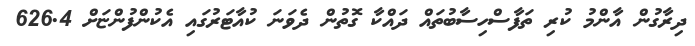
ދިރާގުން އާންމު ކުރި ތަފާސްހިސާބުތައް ދައްކާ ގޮތުން ދެވަނަ ކުއާޓަރުގައި އެކުންފުންޏަށް 626.4